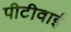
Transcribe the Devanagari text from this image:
पीटीवाई